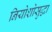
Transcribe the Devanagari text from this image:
नियोशोसुद्धा